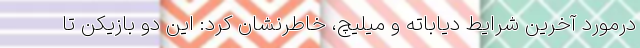
درمورد آخرین شرایط دیاباته و میلیچ، خاطرنشان کرد: این دو بازیکن تا